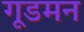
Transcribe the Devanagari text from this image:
गूडमन